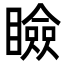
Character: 瞼